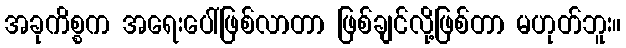
အခုကိစ္စက အရေးပေါ်ဖြစ်လာတာ ဖြစ်ချင်လို့ဖြစ်တာ မဟုတ်ဘူး။